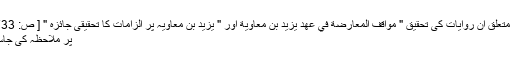
یزید سے متعلق ان روایات کی تحقیق " مواقف المعارضة في عهد يزيد بن معاوية اور " یزید بن معاویہ پر الزامات کا تحقیقی جائزہ " [ ص: 733-743 ]
پر ملاحظہ کی جاسکتی ہے۔